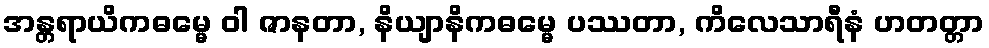
အန္တရာယိကဓမ္မေ ဝါ ဇာနတာ, နိယျာနိကဓမ္မေ ပဿတာ, ကိလေသာရီနံ ဟတတ္တာ